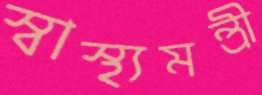
স্বাস্থ্যমন্ত্রী